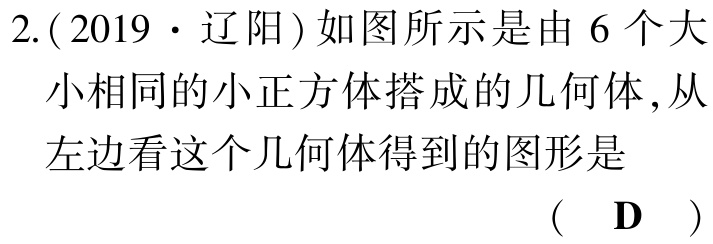
2.(2019·辽阳)如图所示是由 6 个大小相同的小正方体搭成的几何体,从左边看这个几何体得到的图形是 （ D ）